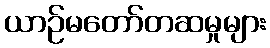
ယာဉ်မတော်တဆမှုများ